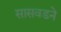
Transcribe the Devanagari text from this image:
सासवडने